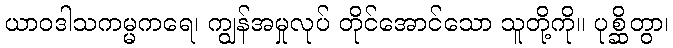
ယာဝဒါသကမ္မကရေ၊ ကျွန်အမှုလုပ် တိုင်အောင်သော သူတို့ကို။ ပုစ္ဆိတွာ၊